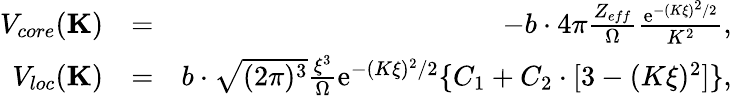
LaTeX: \begin{array}{rlr}{V_{core}(\textbf{K})}&{=}&{-b\cdot 4\pi\frac{Z_{eff}}{\Omega}\frac{\textrm{e}^{-(K\xi)^{2}/2}}{K^{2}},}\\ {V_{loc}(\textbf{K})}&{=}&{b\cdot\sqrt{(2\pi)^{3}}\frac{\xi^{3}}{\Omega}\textrm{e}^{-(K\xi)^{2}/2}\{ C_{1}+C_{2}\cdot[3-(K\xi)^{2}]\} ,}\end{array}